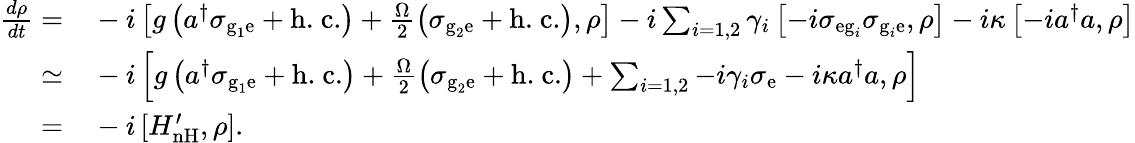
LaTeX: \begin{array}{rl}{\frac{d\rho}{dt}=}&{{}-i\left[g\left(a^{\dagger}\sigma_{\textrm{g}_{1}\textrm{e}}+\textrm{h.~c.}\right)+\frac{\Omega}{2}\left(\sigma_{\textrm{g}_{2}\textrm{e}}+\textrm{h.~c.}\right),\rho\right]-i\sum_{i=1,2}\gamma_{i}\left[-i\sigma_{\textrm{eg}_{i}}\sigma_{\textrm{g}_{i}\textrm{e}},\rho\right]-i\kappa\left[-ia^{\dagger}a,\rho\right]}\\ {\simeq}&{{}-i\left[g\left(a^{\dagger}\sigma_{\textrm{g}_{1}\textrm{e}}+\textrm{h.~c.}\right)+\frac{\Omega}{2}\left(\sigma_{\textrm{g}_{2}\mathrm{{e}}}+\textrm{h.~c.}\right)+\sum_{i=1,2}-i\gamma_{i}\sigma_{\textrm{e}}-i\kappa a^{\dagger}a,\rho\right]}\\ {=}&{{}-i\left[H_{\textrm{nH}}^{\prime},\rho\right].}\end{array}